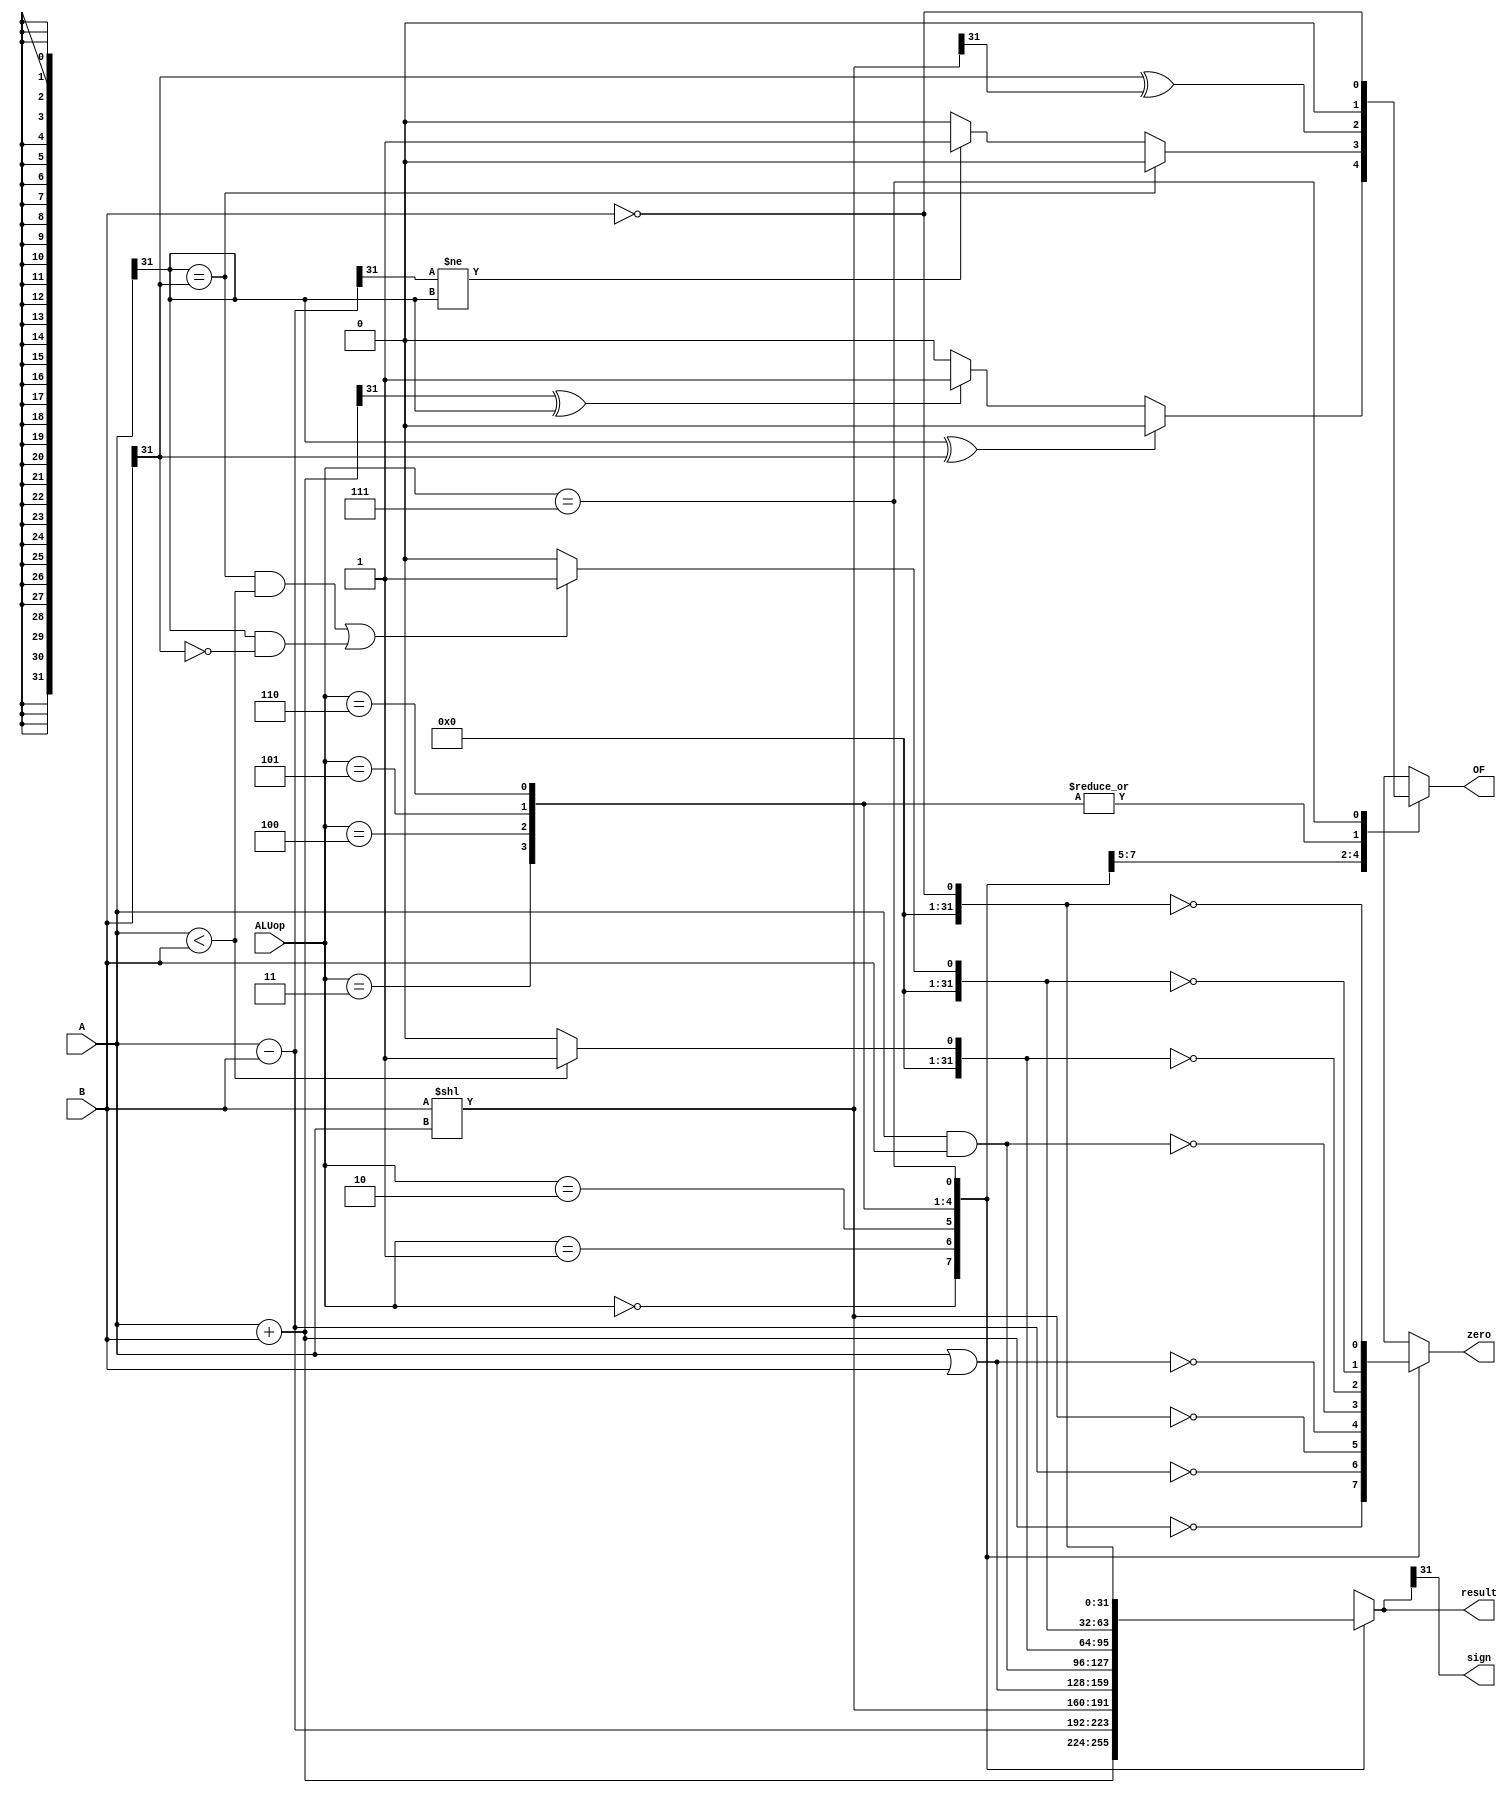
`timescale 1ns / 1ps
//////////////////////////////////////////////////////////////////////////////////
// Company: 
// Engineer: 
// 
// Design Name: 
// Module Name: ALU
// Project Name: 
// Target Devices: 
// Tool Versions: 
// Description: 
// 
// Dependencies: 
// 
// Revision:
// Revision 0.01 - File Created
// Additional Comments:
// 
//////////////////////////////////////////////////////////////////////////////////


module ALU(
    input [31:0] A,
    input [31:0] B,
    input [2:0] ALUop,
    output reg zero,
    output sign,
    output reg OF,
    output reg [31:0] result
    );
   
  //  assign zero = (result==0);//
    assign sign = result[31];
   
    initial begin
        OF = 0;
    end
           
    always@(*)
        begin
           case(ALUop)
               3'b000 :
               begin
                   result = A + B;
                   OF = (A[31]^B[31]) ? 1'b0 : (result[31]^A[31]) ? 1'b1 : 1'b0;
                   zero = (result==0);
               end
               3'b001 :
               begin
                   result = A - B;
                   OF = (A[31]==B[31]) ? 1'b0 : (result[31]!=A[31]) ? 1'b1 : 1'b0 ;
                   zero = (result==0);
               end               
               3'b010 :
               begin
                   result = B << A;
                   OF = B[31]^result[31];
                   zero = (result==0);
               end               
               3'b011 : 
               begin
                   result = A | B;
                   OF = 0;
                   zero = (result==0);
               end
               3'b100 :
               begin
                   result = A & B;
                   OF = 0;
                   zero = (result==0);
               end
               3'b101 : 
               begin
                   result = (A<B) ? 1 : 0;
                   OF = 0;
                   zero = (result==0);
               end
               3'b110 :
               begin
                   result = (((A[31]==B[31])&&(A<B))||(A[31]==1&&B[31]==0))?1:0;
                   OF = 0;
                   zero = (result==0);
               end
               3'b111 ://0
               begin
                   result = (B==0);
                   OF = (result!=0);//OF
                   zero = (result==0);//zero==0 
               end
               default: 
               begin
                   result = 32'h00000000;
                   OF = 0;
                   zero = (result==0);
               end
           endcase
       end    
         
endmodule